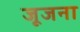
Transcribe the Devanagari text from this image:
जूजना